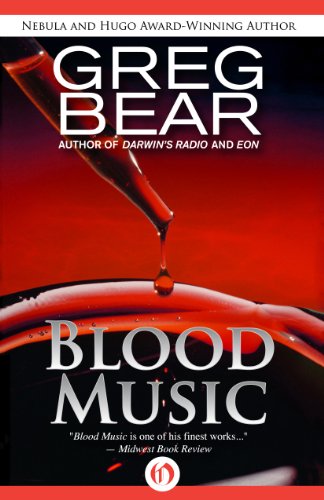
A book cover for Blood Music; Greg Bear; Science Fiction & Fantasy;